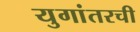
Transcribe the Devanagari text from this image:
युगांतरची